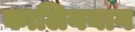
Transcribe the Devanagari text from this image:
कालियनाग